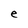
Character: e